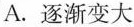
A.逐渐变大